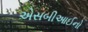
એસબીઆઈનો